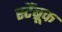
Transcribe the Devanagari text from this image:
स्टैंब्रूक